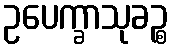
ဥပေက္ခာသုခဉ္စ